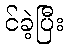
င်ခဲ့ပြီး